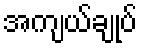
အကျယ်ချုပ်